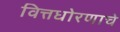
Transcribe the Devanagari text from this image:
वित्तधोरणाचे